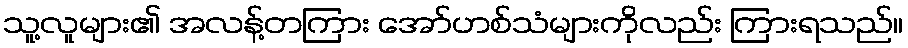
သူ့လူများ၏ အလန့်တကြား အော်ဟစ်သံများကိုလည်း ကြားရသည်။